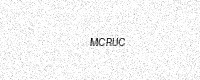
Text: MCRUC